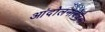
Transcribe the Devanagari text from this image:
आंदोलनावेळेस